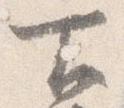
下